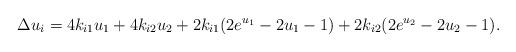
LaTeX: \begin{align*}\Delta u_i=4k_{i1}u_1+4k_{i2}u_2+2k_{i1}(2e^{u_1}-2u_1-1)+2k_{i2}(2e^{u_2}-2u_2-1).\end{align*}